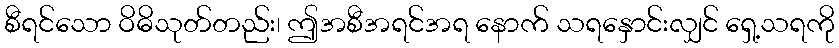
စီရင်သော ဝိဓိသုတ်တည်း၊ ဤအစီအရင်အရ နောက် သရနှောင်းလျှင် ရှေ့သရကို